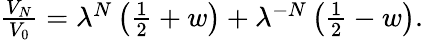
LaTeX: \begin{array}{r}{\frac{V_{N}}{V_{0}}=\lambda^{N}\left(\frac{1}{2}+w\right)+\lambda^{-N}\left(\frac{1}{2}-w\right).}\end{array}